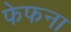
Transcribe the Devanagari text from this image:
फेफना